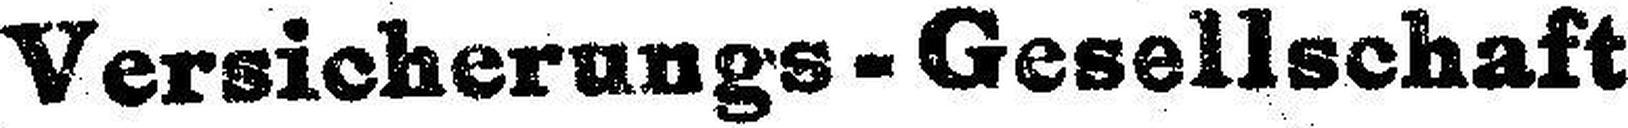
Versicherungs - Gesellschaft